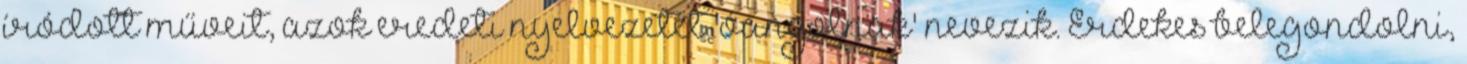
íródott műveit, azok eredeti nyelvezetét 'óangolnak' nevezik. Érdekes belegondolni,